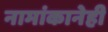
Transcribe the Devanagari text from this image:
नामांकानेही